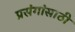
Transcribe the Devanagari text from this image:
प्रसंगांसाठी